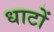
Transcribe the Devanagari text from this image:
धाटों